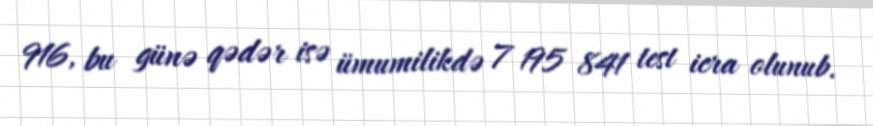
916, bu günə qədər isə ümumilikdə 7 195 841 test icra olunub.